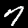
Digit: 7